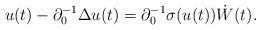
LaTeX: \begin{align*} u(t) - \partial_0^{-1}\Delta u(t) = \partial_0^{-1}\sigma(u(t))\dot W(t).\end{align*}